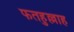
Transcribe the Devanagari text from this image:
फतहुल्लाह